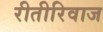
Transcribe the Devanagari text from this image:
रीतीरिवाज